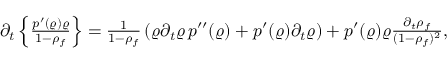
\begin{array} { r } { \partial _ { t } \left\lbrace \frac { p ^ { \prime } ( \varrho ) \varrho } { 1 - \rho _ { f } } \right\rbrace = \frac { 1 } { 1 - \rho _ { f } } \left( \varrho \partial _ { t } \varrho \, p ^ { \prime \prime } ( \varrho ) + p ^ { \prime } ( \varrho ) \partial _ { t } \varrho \right) + p ^ { \prime } ( \varrho ) \varrho \frac { \partial _ { t } \rho _ { f } } { ( 1 - \rho _ { f } ) ^ { 2 } } , } \end{array}